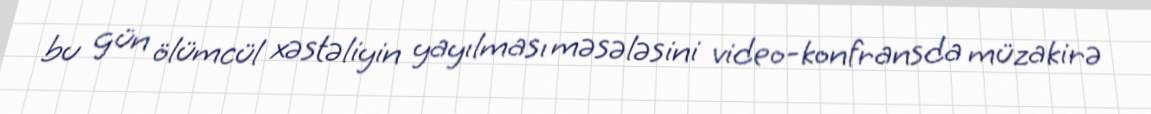
bu gün ölümcül xəstəliyin yayılması məsələsini video-konfransda müzakirə